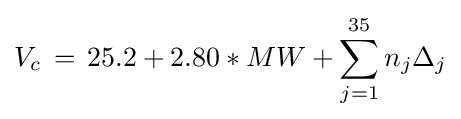
V_{c}\,=\,25.2+2.80*MW+\sum _{j=1}^{35}n_{j}\Delta _{j}